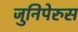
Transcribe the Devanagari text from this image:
जुनिपेरुस